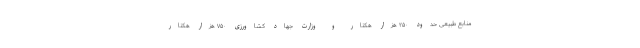
منابع طبیعی حدود ۲۵۰ هزار هکتار و وزارت جهاد کشاورزی ۷۵۰ هزار هکتار